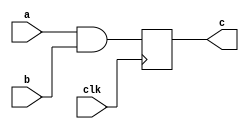
module my_sync_module #(parameter WIDTH=4) (
  input clk,
  input [WIDTH-1:0] a, b,
  output reg [WIDTH-1:0] c
);
  
  always @(posedge clk)
    c <= a & b;
  
  /*
       ..   (<= non-blocking assignment)     -       ,                ,      .                   
  */

endmodule